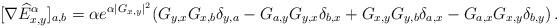
LaTeX: \begin{align*}[\nabla \widehat E^\alpha_{x,y} ]_{a,b} = \alpha e^{\alpha |G_{x,y}|^2} (G_{y,x}G_{x,b}\delta_{y,a} - G_{a,y}G_{y,x}\delta_{b,x} +G_{x,y}G_{y,b}\delta_{a,x}-G_{a,x} G_{x,y} \delta_{b,y}) \, .\end{align*}